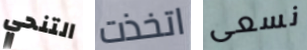
التنحي اتخذت نسعى